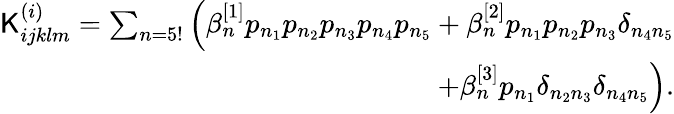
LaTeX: \begin{array}{r}{\mathsf{K}_{ijklm}^{(i)}=\sum_{n=5!}\left(\beta_{n}^{[1]}p_{n_{1}}p_{n_{2}}p_{n_{3}}p_{n_{4}}p_{n_{5}}+\beta_{n}^{[2]}p_{n_{1}}p_{n_{2}}p_{n_{3}}\delta_{n_{4}n_{5}}\right.}\\ {\left.+\beta_{n}^{[3]}p_{n_{1}}\delta_{n_{2}n_{3}}\delta_{n_{4}n_{5}}\right).}\end{array}